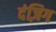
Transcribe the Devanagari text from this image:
दंज़िग